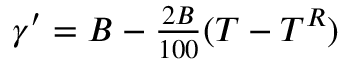
\begin{array} { r } { \gamma ^ { \prime } = B - { \frac { 2 B } { 1 0 0 } } ( T - T ^ { R } ) } \end{array}